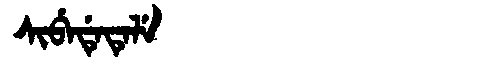
Manchu: ᠰᡳᠪᡝᡩᡝᡨᡝᠯᡝ
Romanization: SIBEDETELE